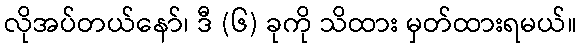
လိုအပ်တယ်နော်၊ ဒီ (၆) ခုကို သိထား မှတ်ထားရမယ်။